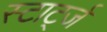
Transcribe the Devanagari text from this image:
स्टार्ट्ज